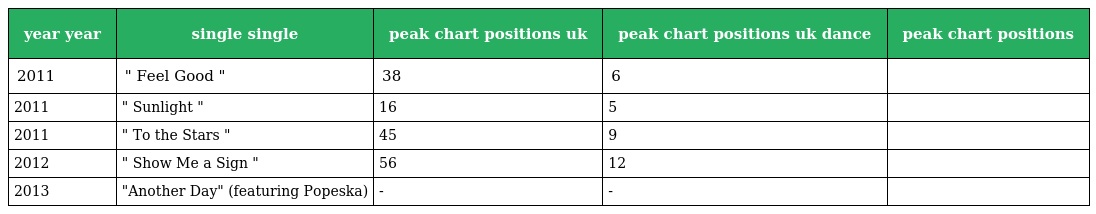
| year year | single single | peak chart positions uk | peak chart positions uk dance | peak chart positions |
 | --- | --- | --- | --- | --- |
 | 2011 | " Feel Good " | 38 | 6 |  |
 | 2011 | " Sunlight " | 16 | 5 |  |
 | 2011 | " To the Stars " | 45 | 9 |  |
 | 2012 | " Show Me a Sign " | 56 | 12 |  |
 | 2013 | "Another Day" (featuring Popeska) | - | - |  |